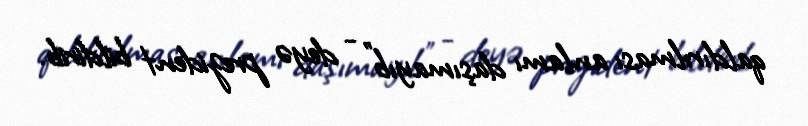
qaldırılması anlamı daşımayıb" - deyə prezident bildirib.